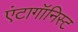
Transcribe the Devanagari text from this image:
एंटागॉनिस्ट